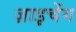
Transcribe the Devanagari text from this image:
ज़ाइचेंग